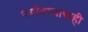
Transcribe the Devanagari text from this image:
पर्यावरणाचाही